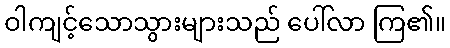
ဝါကျင့်သောသွားများသည် ပေါ်လာ ကြ၏။